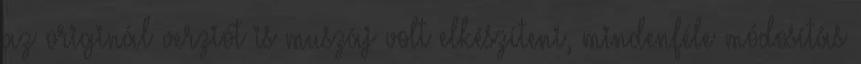
az originál verziót is muszáj volt elkészíteni, mindenféle módosítás